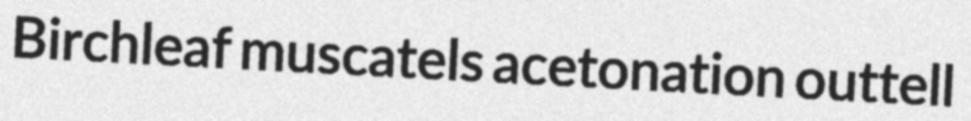
Birchleaf muscatels acetonation outtell